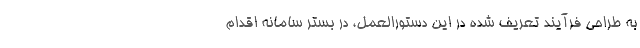
به طراحی فرآیند تعریف شده در این دستورالعمل، در بستر سامانه اقدام